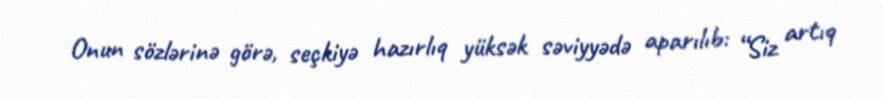
Onun sözlərinə görə, seçkiyə hazırlıq yüksək səviyyədə aparılıb: “Siz artıq